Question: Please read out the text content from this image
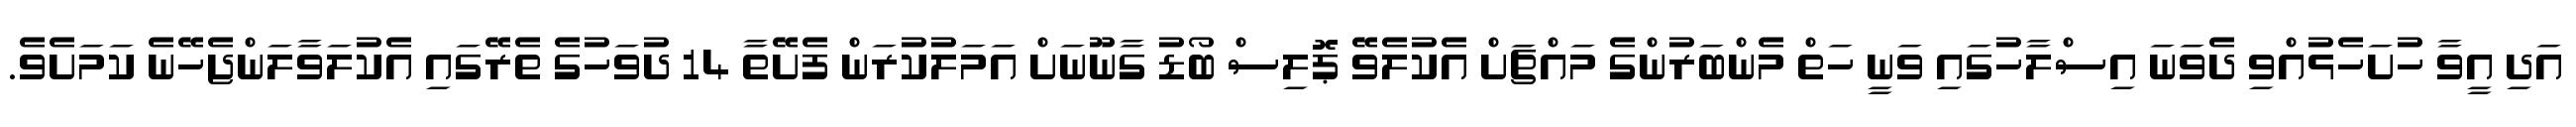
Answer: އަދި އީވާ ހުށަހެޅުއްވި ދެވަނަ އިސްލާހުގައި ވަނީ ހަތް މެންބަރުންގެ މައްޗަށް އެކުލެވޭ ޕޮލިސް ބޯޑު ގާނޫނަށް އަމަލުކުރަން ފެށޭތާ 14 ދުވަހުގެ ތެރޭގައި އެކުލަވާލަންޖެހޭނެ ކަމަށެވެ.